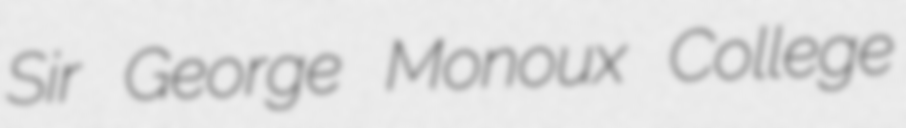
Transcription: Sir George Monoux College